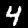
Label: 4